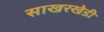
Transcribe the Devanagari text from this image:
साखरखेडी